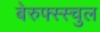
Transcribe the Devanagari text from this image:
बेरुफ्स्स्चुल